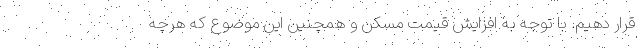
قرار دهیم. با توجه به افزایش قیمت مسکن و همچنین این موضوع که هرچه